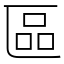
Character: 區